Indian journal of veterinary science and animal husbandry - Volume 13,
Year: 1943
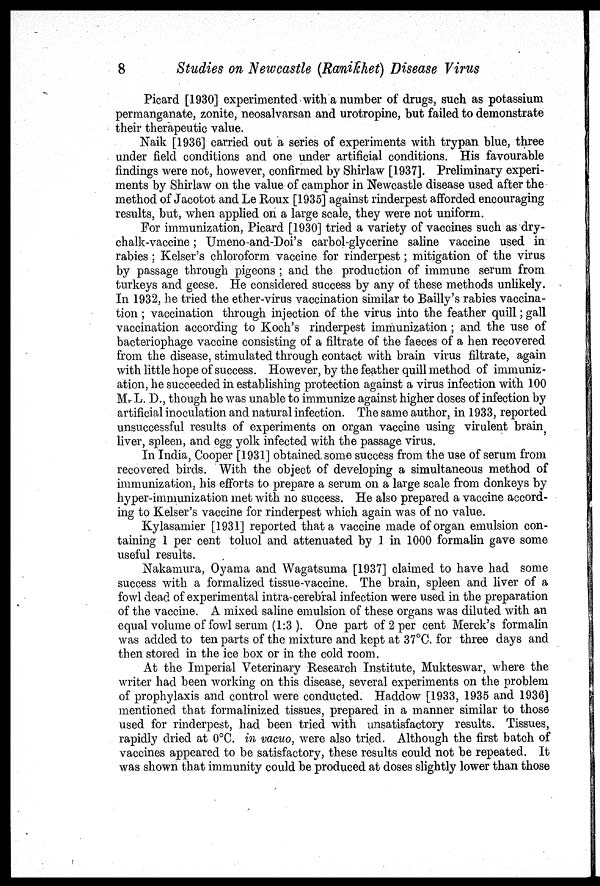
8
Studies on Newcastle (Ranikhet) Disease Virus
Picard [1930] experimented with a number of drugs, such as potassium
permanganate, zonite, neosalvarsan and urotropine, but failed to demonstrate
their therapeutic value.
Naik [1936] carried out a series of experiments with trypan blue, three
under field conditions and one under artificial conditions. His favourable
findings were not, however, confirmed by Shirlaw [1937]. Preliminary experi-
ments by Shirlaw on the value of camphor in Newcastle disease used after the
method of Jacotot and Le Roux [1935] against rinderpest afforded encouraging
results, but, when applied on a large scale, they were not uniform.
For immunization, Picard [1930] tried a variety of vaccines such as dry-
chalk-vaccine ; Umeno-and-Doi's carbol-glycerine saline vaccine used in
rabies; Kelser's chloroform vaccine for rinderpest; mitigation of the virus
by passage through pigeons ; and the production of immune serum from
turkeys and geese. He considered success by any of these methods unlikely.
In 1932, he tried the ether-virus vaccination similar to Bailly's rabies vaccina-
tion ; vaccination through injection of the virus into the feather quill; gall
vaccination according to Koch's rinderpest immunization; and the use of
bacteriophage vaccine consisting of a filtrate of the faeces of a hen recovered
from the disease, stimulated through contact with brain virus filtrate, again
with little hope of success. However, by the feather quill method of immuniz-
ation, he succeeded in establishing protection against a virus infection with 100
M. L. D., though he was unable to immunize against higher doses of infection by
artificial inoculation and natural infection. The same author, in 1933, reported
unsuccessful results of experiments on organ vaccine using virulent brain,
liver, spleen, and egg yolk infected with the passage virus.
In India, Cooper [1931] obtained some success from the use of serum from
recovered birds. With the object of developing a simultaneous method of
immunization, his efforts to prepare a serum on a large scale from donkeys by
hyper-immunization met with no success. He also prepared a vaccine accord-
ing to Kelser's vaccine for rinderpest which again was of no value.
Kylasamier [1931] reported that a vaccine made of organ emulsion con-
taining 1 per cent toluol and attenuated by 1 in 1000 formalin gave some
useful results.
Nakamura, Oyama and Wagatsuma [1937] claimed to have had some
success with a formalized tissue-vaccine. The brain, spleen and liver of a
fowl dead of experimental intra-cerebral infection were used in the preparation
of the vaccine. A mixed saline emulsion of these organs was diluted with an
equal volume of fowl serum (1:3 ). One part of 2 per cent Merck's formalin
was added to ten parts of the mixture and kept at 37°C. for three days and
then stored in the ice box or in the cold room.
At the Imperial Veterinary Research Institute, Mukteswar, where the
writer had been working on this disease, several experiments on the problem
of prophylaxis and control were conducted. Haddow [1933, 1935 and 1936]
mentioned that formalinized tissues, prepared in a manner similar to those
used for rinderpest, had been tried with unsatisfactory results. Tissues,
rapidly dried at 0°C. in vacuo, were also tried. Although the first batch of
vaccines appeared to be satisfactory, these results could not be repeated. It
was shown that immunity could be produced at doses slightly lower than those